Medical and sanitary report of the native army of Bengal for the year
Year: 1878
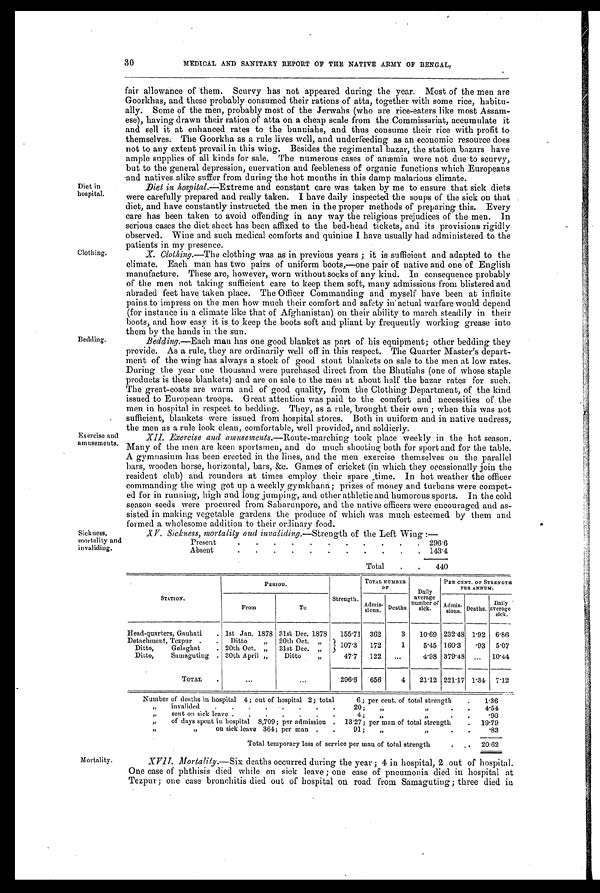
Diet in
hospital.
Clothing.
Bedding.
Exercise and
amusements.
30 MEDICAL AND SANITARY REPORT OF THE NATIVE ARMY OF BENGAL,
fair allowance of them. Scurvy has not appeared during the year. Most of the men are
Goorkhas, and these probably consumed their rations of atta, together with some rice, habitu
-ally. Some of the men, probably most of the Jerwahs (who are rice-eaters like most Assam
-ese), having drawn their ration of atta on a cheap scale from the Commissariat, accumulate it
and sell it at enhanced rates to the bunniahs, and thus consume their rice with profit to
themselves. The Goorkha as a rule lives well, and underfeeding as an economic resource does
not to any extent prevail in this wing. Besides the regimental bazar, the station bazars have
ample supplies of all kinds for sale. The numerous cases of anæmia were not due to scurvy,
but to the general depression, enervation and feebleness of organic functions which Europeans
and natives alike suffer from during the hot months in this damp malarious climate.
Diet in hospital.—Extreme and constant care was taken by me to ensure that sick diets
were carefully prepared and really taken. I have daily inspected the soups of the sick on that
diet, and have constantly instructed the men in the proper methods of preparing this. Every
care has been taken to avoid offending in any way the religious prejudices of the men. In
serious cases the diet sheet has been affixed to the bed-head tickets, and its provisions rigidly
observed. Wine and such medical comforts and quiniue I have usually had administered to the
patients in my presence.
X. Clothing.—The clothing was as in previous years ; it is sufficient and adapted to the
climate. Each man has two pairs of uniform boots,—one pair of native and one of English
manufacture. These are, however, worn without socks of any kind. In consequence probably
of the men not taking sufficient care to keep them soft, many admissions from blistered and
abraded feet have taken place. The Officer Commanding and myself have been at infinite
pains to impress on the men how much their comfort and safety in actual warfare would depend
(for instance in a climate like that of Afghanistan) on their ability to march steadily in their
boots, and how easy it is to keep the boots soft and pliant by frequently working grease into
them by the hands in the sun.
Bedding.—Each man has one good blanket as part of his equipment; other bedding they
provide. As a rule, they are ordinarily well off in this respect. The Quarter Master's depart
- m e n t o f t h e w i n g h a s a l w a y s a s t o c k o f g o o d s t o u t b l a n k e t s o n s a l e t o t h e m e n a t l o w r a t e s .
During the year one thousand were purchased direct from the Bhutiahs (one of whose staple
products is these blankets) and are on sale to the men at about half the bazar rates for such.
The great-coats are warm and of good quality, from the Clothing Department, of the kind
issued to European troops. Great attention was paid to the comfort and necessities of the
men in hospital in respect to bedding. They, as a rule, brought their own ; when this was not
sufficient, blankets were issued from hospital stores. Both in uniform and in native undress,
the men as a rule look clean, comfortable, well provided, and soldierly.
XII. Exercise and amusements. —Route-marching took place weekly in the hot season.
Many of the men are keen sportsmen, and do much shooting both for sport and for the table.
A gymnasium has been erected in the lines, and the men exercise themselves on the parallel
bars, wooden horse, horizontal, bars, &c. Games of cricket (in which they occasionally join the
resident club) and rounders at times employ their spare time. In hot weather the officer
commanding the wing got up a weekly gymkhana; prizes of money and turbans were compet
-ed for in running, high and long jumping, and other athletic and humorous sports. In the cold
season seeds were procured from Sabarunpore, and the native officers were encouraged and as
-sisted in making vegetable gardens the produce of which was much esteemed by them and
formed a wholesome addition to their ordinary food.
Sickness,
mortality and
invaliding.
XV. Sickness, mortality and invaliding. —Strength of the Left Wing :—
Present
.
. . .
.
. . .
.
. . 296.6
Absent
.
.
.
.
.
.
. . .
. . 143.4
Total
. . 440
STATION.
PERIOD.
Strength.
TOTAL NUMBER
OF
Daily
average
number of
sick.
PER CENT. OF STRENGTH
PER ANNUM.
F r o m
To
Admis- sions. Deaths.
Admis-
s i o n s . Deaths.
Daily
average sick.
Head-quarters, Gauhati . 1st Jan. 1878 31st Dec. 1878 155.71 362
3 10.69 232.48 1.92 6.86
Detachment, Tezpur . . Ditto
„ 20th Oct. „
107.3 172
1
5.45 160.3
93 5.07
Ditto,
Golaghat
. 20th Oct. „ 31st Dec. „
Ditto,
Samaguting . 30th April „
Ditto
„
47.7 122 ...
4.98 379.48 . . . 10.44
TOTAL .
...
...
296.6 656
4 21.12 221.17 1.34 7.12
Number of deaths in hospital 4; out of hospital 2; total
6; per cent. of total strength
. 1.36
„ invalided . . . . .
. . .
20; „
„ . .
4.54
„ sent on sick leave
. . . . . . .
4; „ „
. .
.90
„ of days spent in hospital 8,709; per admission . 13.27; per man of total strength
. 19.79
„ „
on sick leave 364; per man . .
91; „
„
. .
.83
Total temporary loss of service per man of total strength
. _ . 20.62
Mortality.
XVII. Mortality.—Six deaths occurred during the year ; 4 in hospital, 2 out of hospital.
One case of phthisis died while on sick leave ; one case of pneumonia died in hospital at
Tezpur; one case bronchitis died out of hospital on road from Samaguting; three died in